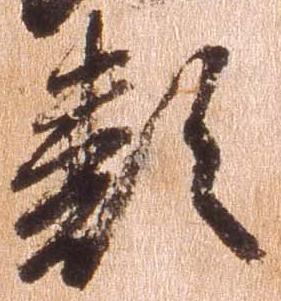
類